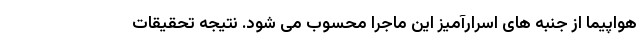
هواپیما از جنبه های اسرارآمیز این ماجرا محسوب می شود. نتیجه تحقیقات